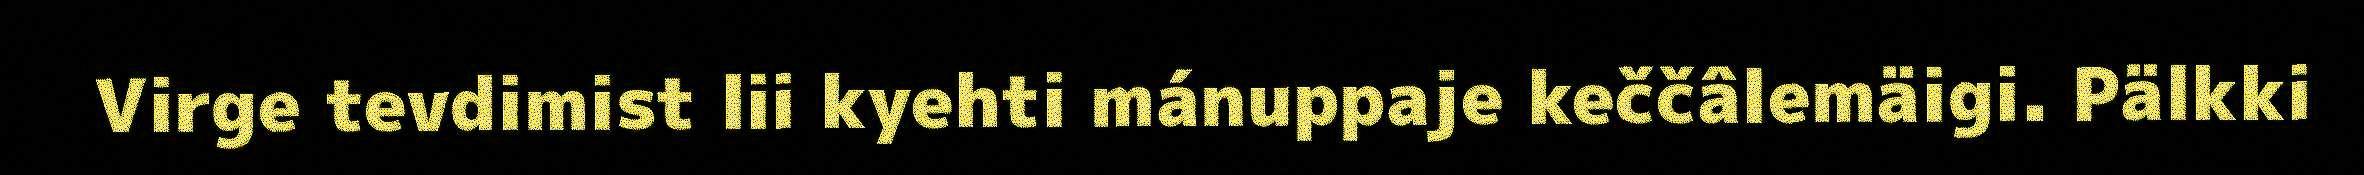
Virge tevdimist lii kyehti mánuppaje keččâlemäigi. Pälkki